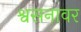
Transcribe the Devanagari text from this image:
श्वसनावर